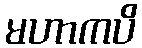
မဟာကပိ